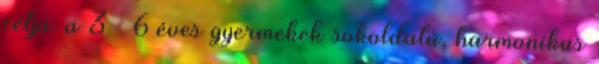
célja: a 3 – 6 éves gyermekek sokoldalú, harmonikus